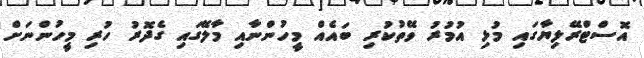
އޮސްޓްރޭލިޔާގައި މުޅި އުމުރު ވޭތުކުރި ބައެއް މީހުންނާއި މާލޭގައި ގެދޮރު ހުރި މީހުންނަށް